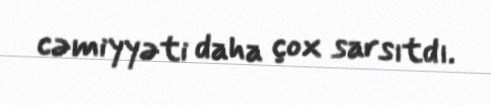
cəmiyyəti daha çox sarsıtdı.